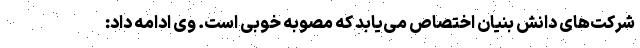
شرکت‌های دانش بنیان اختصاص می‌یابد که مصوبه خوبی است. وی ادامه داد: